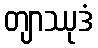
တျာဿုဒံ